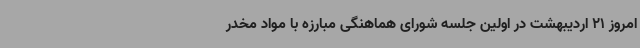
امروز 21 اردیبهشت در اولین جلسه شورای هماهنگی مبارزه با مواد مخدر